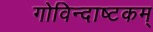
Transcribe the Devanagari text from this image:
गोविन्दाष्टकम्‌